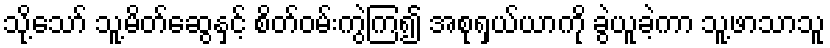
သို့သော် သူ့မိတ်ဆွေနှင့် စိတ်ဝမ်းကွဲကြ၍ အစုရှယ်ယာကို ခွဲယူခဲ့ကာ သူ့ဖာသာသူ